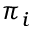
\pi _ { i }